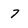
Character: 7